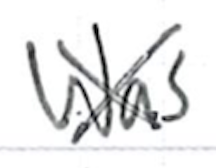
Text: was
Cross-out: cross
Writing tool: ballpoint